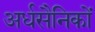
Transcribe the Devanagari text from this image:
अर्धसैनिकों